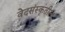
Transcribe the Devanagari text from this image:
वेदसंस्कृतीला